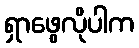
ရှာဖွေလိုပါက